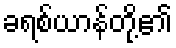
ခရစ်ယာန်တို့၏